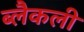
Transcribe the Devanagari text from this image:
ब्लैकली